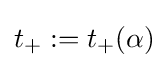
t_{+}:=t_{+}(\alpha )